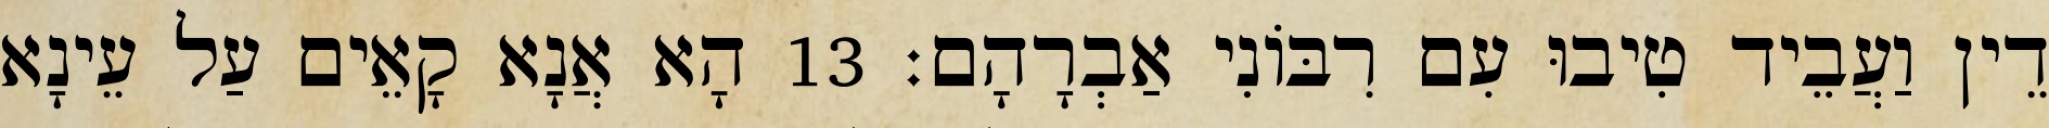
דֵין וַעֲבֵיד טִיבוּ עִם רִבּוֹנִי אַבְרָהָם׃ 13 הָא אֲנָא קָאֵים עַל עֵינָא